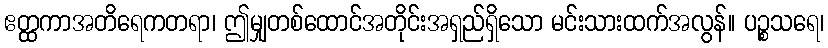
ဧတ္ထကာအတိရေကတရာ၊ ဤမျှတစ်ထောင်အတိုင်းအရှည်ရှိသော မင်းသားထက်အလွန်။ ပဉ္စသရေ၊